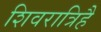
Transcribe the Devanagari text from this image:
शिवरात्रिहै